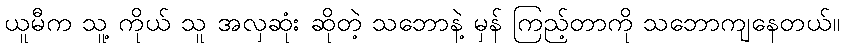
ယူမီက သူ့ ကိုယ် သူ အလှဆုံး ဆိုတဲ့ သဘောနဲ့ မှန် ကြည့်တာကို သဘောကျနေတယ်။